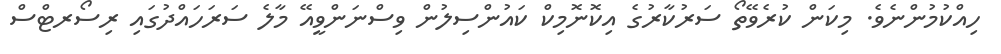
ހިއްކުމުންނެވެ. މިކަން ކުރެވޭތޯ ސަރުކާރުގެ އިކޮނޮމިކް ކައުންސިލުން ވިސްނަންވީއޭ މާލެ ސަރަހައްދުގައި ރިސޯރޓްސް